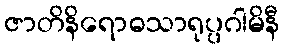
ဇာတိနိရောဓသာရုပ္ပဂါမိနီ